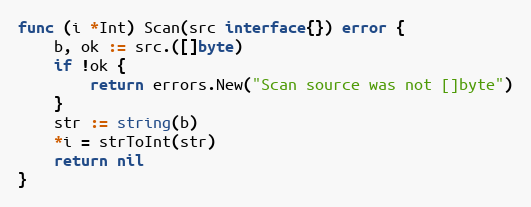
Language: Go
func (i *Int) Scan(src interface{}) error {
	b, ok := src.([]byte)
	if !ok {
		return errors.New("Scan source was not []byte")
	}
	str := string(b)
	*i = strToInt(str)
	return nil
}